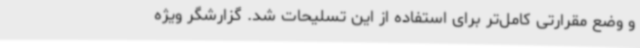
و وضع مقرارتی کامل‌تر برای استفاده از این تسلیحات شد. گزارشگر ویژه